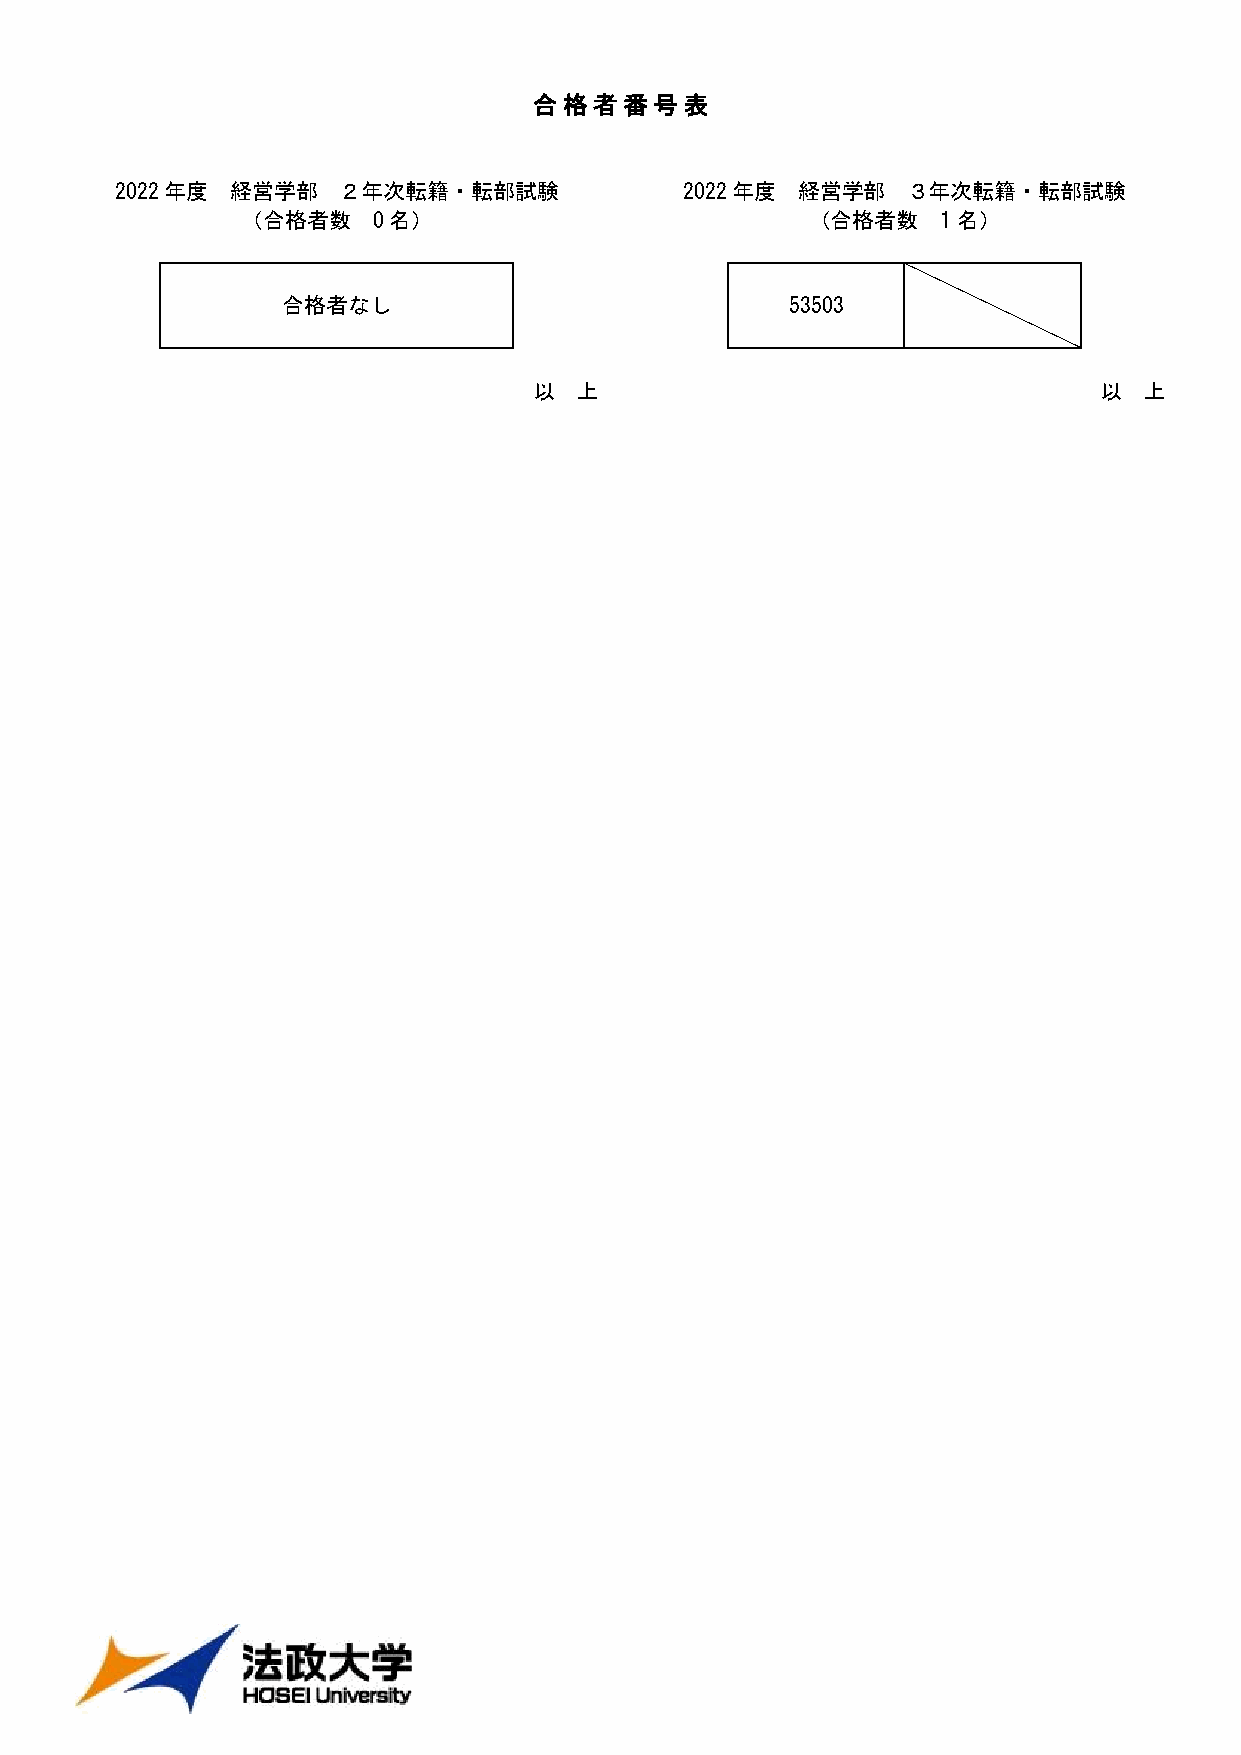
合格者番号表
 2022年度 経営学部   ２年次転籍・転部試験             2022年度  経営学部   ３年次転籍・転部試験
 （合格者数    0名）                          （合格者数   1名）
 合格者なし                            53503
 以  上                                  以  上